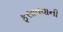
ફસાવવાની